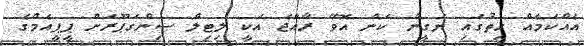
އެެއްކަމެއް ހިތުގައި ޔަގީން ކަން އޮވޭ ރާއްޖެ އަކީ ލިޓިލް ސިންގަޕޫރަށް ޕީޕީއެމްގެ